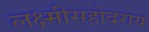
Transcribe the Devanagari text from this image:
लक्ष्मीसहोदराय